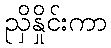
ညှိနှိုင်းကာ